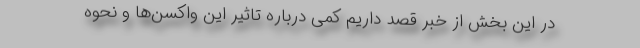
در این بخش از خبر قصد داریم کمی درباره تاثیر این واکسن‌ها و نحوه